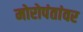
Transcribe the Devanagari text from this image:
मोरोपंतांवर